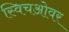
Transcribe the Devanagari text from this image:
स्विचओवर